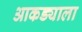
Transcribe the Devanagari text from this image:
आकड्याला